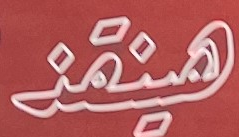
هينقذ